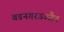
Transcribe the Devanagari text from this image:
बडनगरउज्जैन